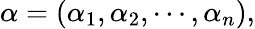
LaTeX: \alpha=\left(\alpha_{1},\alpha_{2},\cdots,\alpha_{n}\right),